Inquiry into the circumstances attending an outbreak of cholera in H. M.'s 18th Hussars at Secunderabad in the month of May
Year: 1871
Disease focus: Cholera
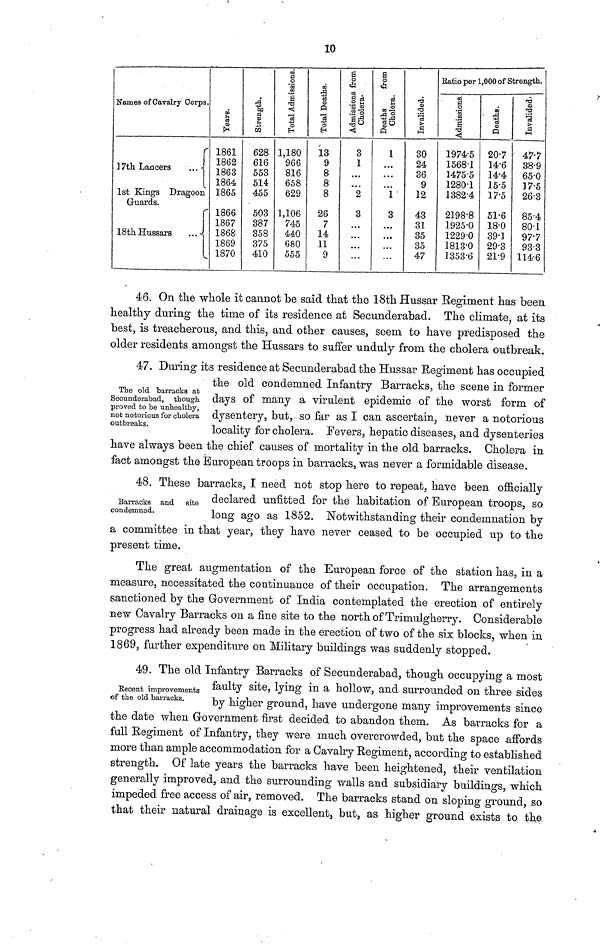
10
Names of Cavalry Corps.
17th Lancers
1st Kings Dragoon
Guards.
18th Hussars
...
I
Years
1861
1862
1863
1864
1865
1866
1867
1868
1869
1870
Strength
628
616
553
514
455
503
387
358
375
410
Total Admisssions
1,180
966
816
658
629
1,106
745
440
680
555
Total Deaths
13
9
8
8
8
26
7
14
11
9
Admissions from Cholera
3
1
...
2
3
...
...
...
...
Deaths from Cholera
1
...
...
1
3
...
...
...
Invalided
30
24
36
9
12
43
31
35
35
47
Ratio per 1,000 of Strength.
Admissions
1974·5
1568·1
1475·5
1280·1
1382·4
2198·8
1925·0
1229·0
1813·0
1353·6
Deaths
20·7
14·6
14·4
15·5
17·5
51·6
18·0
39·1
29·3
Invalided.
47.7
38·9
65·0
17·5
26·3
85·4
80·1
97·7
93·3
114·6
46. On the whole it cannot be said that the 18th Hussar Regiment has been
healthy during the time of its residence at Secunderabad. The climate, at its
best, is treacherous, and this, and other causes, seem to have predisposed the
older residents amongst the Hussars to suffer unduly from the cholera outbreak.
The old barracks at
Secunderabad, though.
proved to be unhealthy,
not notorious for cholera
outbreaks.
47. During its residence at Secunderabad the Hussar Regiment has occupied
the old condemned Infantry Barracks, the scene in former
days of many a virulent epidemic of the worst form of
dysentery, but, so far as I can ascertain, never a notorious
locality for cholera. Fevers, hepatic diseases, and dysenteries
have always been the chief causes of mortality in the old barracks. Cholera in
fact amongst the European troops in barracks, was never a formidable disease.
Barracks and site
condemned.
48. These barracks, I need not stop here to repeat, have been officially
declared unfitted for the habitation of European troops, so
long ago as 1852. Notwithstanding their condemnation by
a committee in that year, they have never ceased to be occupied up to the
present time.
The great augmentation of the European force of the station has, in a
measure, necessitated the continuance of their occupation. The arrangements
sanctioned by the Government of India contemplated the erection of entirely
new Cavalry Barracks on a fine site to the north of Trimulgherry. Considerable
progress had already been made in the erection of two of the six blocks, when in
1869, further expenditure on Military buildings was suddenly stopped.
Recent improvements
of the old barracks.
49. The old Infantry Barracks of Secunderabad, though occupying a most
faulty site, lying in a hollow, and surrounded on three sides
by higher ground, have undergone many improvements since
the date when Government first decided to abandon them. As barracks for a
full Regiment of Infantry, they were much overcrowded, but the space affords
more than ample accommodation for a Cavalry Regiment, according to established
strength. Of late years the barracks have been heightened, their ventilation
generally improved, and the surrounding walls and subsidiary buildings, which
impeded free access of air, removed. The barracks stand on sloping ground, so
that their natural drainage is excellent, but, as higher ground exists to the